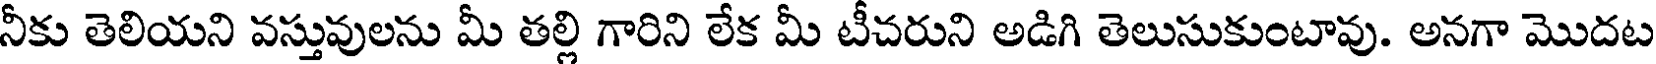
నీకు తెలియని వస్తువులను మీ తల్లి గారిని లేక మీ టీచరుని అడిగి తెలుసుకుంటావు. అనగా మొదట